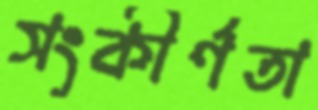
সংকীর্ণতা